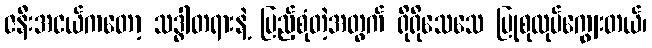
ဇနီးအငယ်ကတော့ သဒ္ဓါတရားနဲ့ ပြည့်စုံတဲ့အတွက် ရိုရိုသေသေ ပြုစုလုပ်ကျွေးတယ်၊